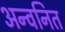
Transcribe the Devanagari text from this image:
अन्वनित